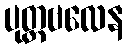
ပုတ္တဗလေန